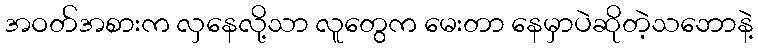
အဝတ်အစားက လှနေလို့သာ လူတွေက မေးတာ နေမှာပဲဆိုတဲ့သဘောနဲ့